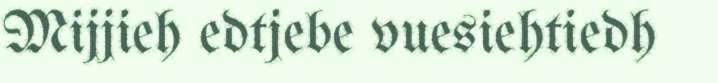
Mijjieh edtjebe vuesiehtiedh